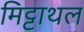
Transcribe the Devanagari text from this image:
मिट्टाथल